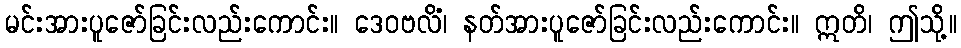
မင်းအားပူဇော်ခြင်းလည်းကောင်း။ ဒေဝဗလိံ၊ နတ်အားပူဇော်ခြင်းလည်းကောင်း။ ဣတိ၊ ဤသို့။